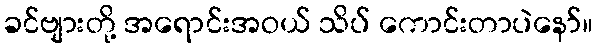
ခင်ဗျားတို့ အရောင်းအဝယ် သိပ် ကောင်းတာပဲနော်။